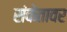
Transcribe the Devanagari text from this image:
संकेतावर